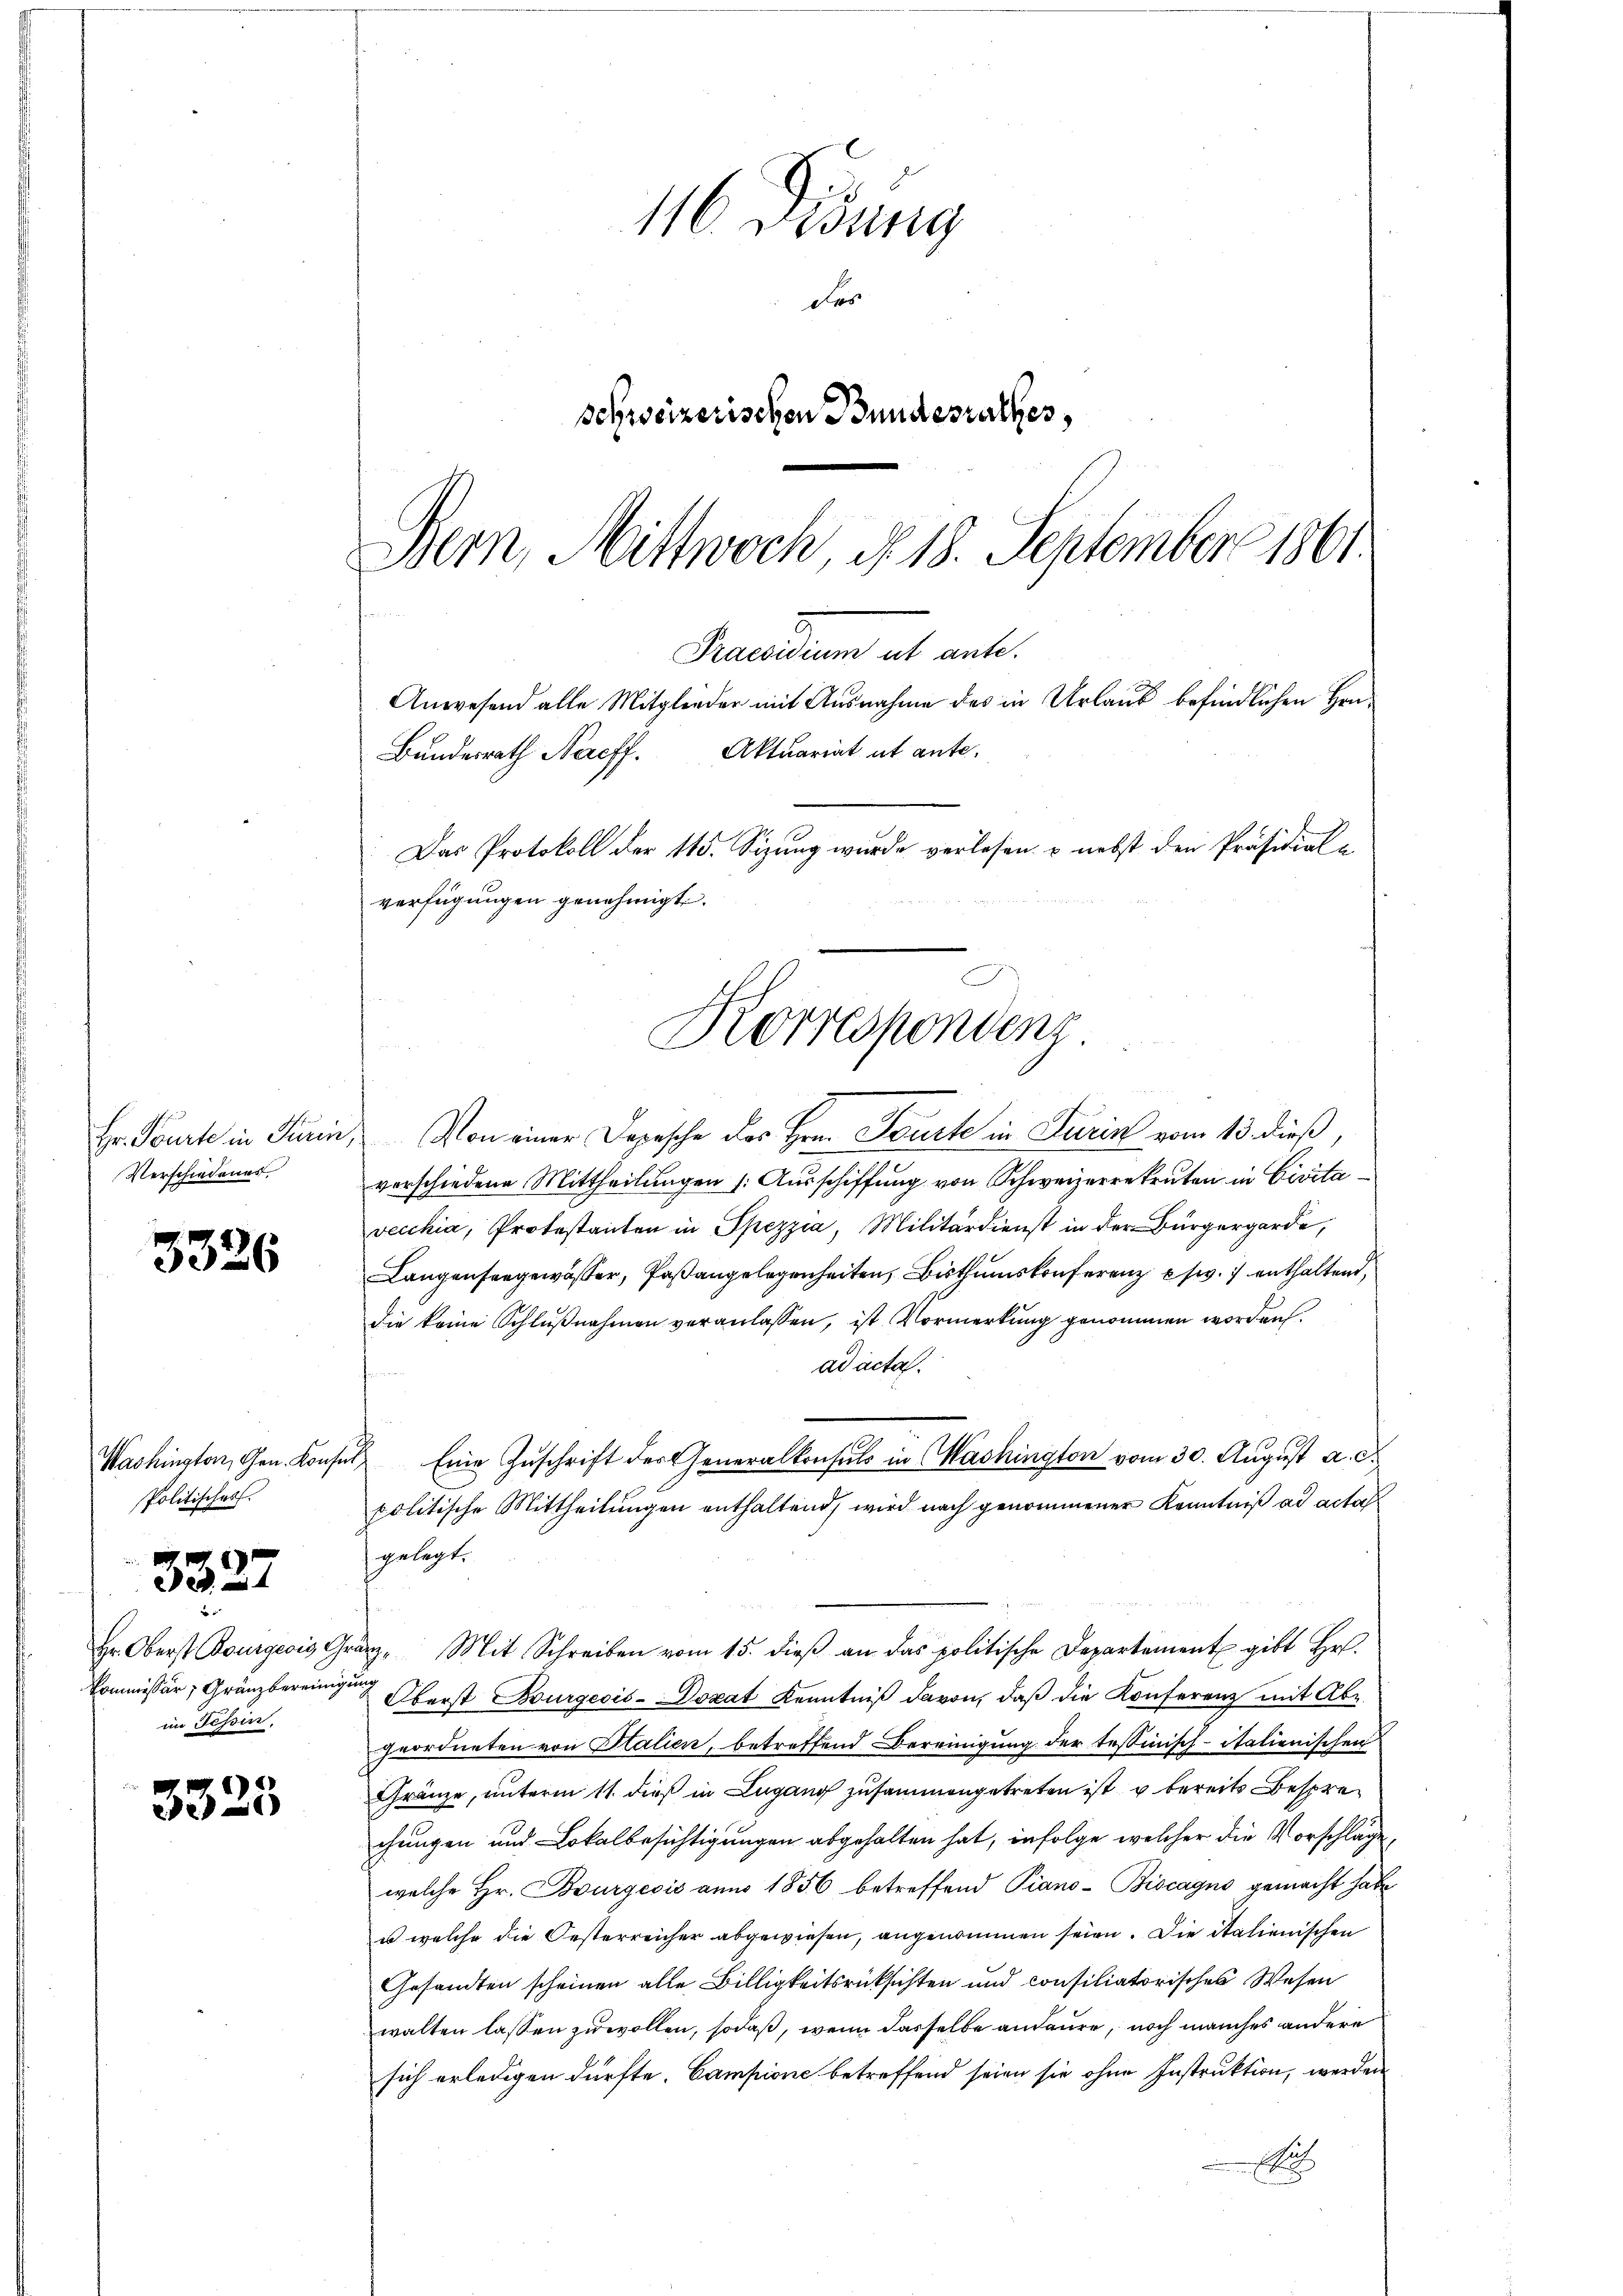
Hr. Tourte in Turin
Verschiedenes

3326

Washington, Gen. Konse
Politisches.

Hr. Oberst Bourgeris, Ge
Kommissär, Gränzbereinige
im Tessin,

3327

3325

116. Desung
Des
schweizerischen Bundesrathes,
Bern, Mittwoch, d. 18. September 1861.

Praesidium ut ante.
Anwesend alle Mitglieder mit Ausnahme des in Urlaub befindlichen Han¬
Das Protokoll der 115. Sizung wurde verlesen, & nebst den Präsidial-
verfügungen genehmigt.
Korrespondenz

Bundesrath Naeff. Aktuariat ut ante.

Von einer Depesche des Hrn. Tourte in Turin vom 13. dieß,
verschiedene Mittheilŭngen /: Aŭsschiffung von Schweizerrekruten in Civitavecchia, Protestanten in Spezzia, Militärdienst in der Bürgergarde,
Langensorgewässer, Faßangelegenheiten, Bisthumskonferenz sw. enthaltend
die keine Schlußnahmen veranlassen, ist Vormerkung genommen worden.
ad acta.
Eine Zuschrift der Generalkonsuls in Washington vom 30. August a. c.
politische Mittheilungen enthaltend, wird nach genommener Kenntniß ad acta
gelegt.
e. Mit Schreiben vom 15. dieβ an das politische Departament gibt Hr.
s
Oberst Burgeois-Dozat Kenntniß davon, daß die Konferenz mit Abz
geordneten von Italien, betreffend Bereinigung der tessinisch-italienischen
Gränze, unterm 11. dieß in Lugang zusammengetreten ist u bereits Besprechungen und Lokalbesichtigungen abgehalten hat, infolge welcher die Vorschläge
welche Hr. Bourgeois anno 1856 betreffend Piano- Biscagno gemacht habe
us welche die Oesterreicher abgewiesen, angenommen seien. Die italienischen
Gesandten scheinen alle Billigkeitsrücksichten und consiliatorisches Wesen
walten lassen zu wollen, sodaß, wenn dasselbe andeure, noch manches andere
sich erledigen dürfte. Campione betreffend seien sie ohne Instruktion, werden
Aa